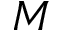
M